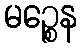
မဉ္စေန